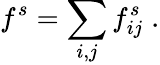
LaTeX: f^{s}=\sum_{i,j}f_{ij}^{s}\; .